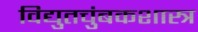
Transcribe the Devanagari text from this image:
विद्युतचुंबकशास्त्र